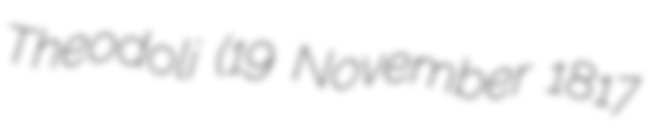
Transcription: Theodoli (19 November 1817